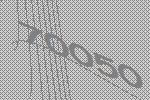
70050